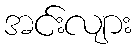
အင်းလျား